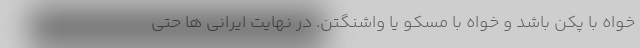
خواه با پکن باشد و خواه با مسکو یا واشنگتن. در نهایت ایرانی ها حتی